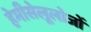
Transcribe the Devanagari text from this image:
हेमीसेलूलोजों